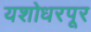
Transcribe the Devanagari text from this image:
यशोधरपूर